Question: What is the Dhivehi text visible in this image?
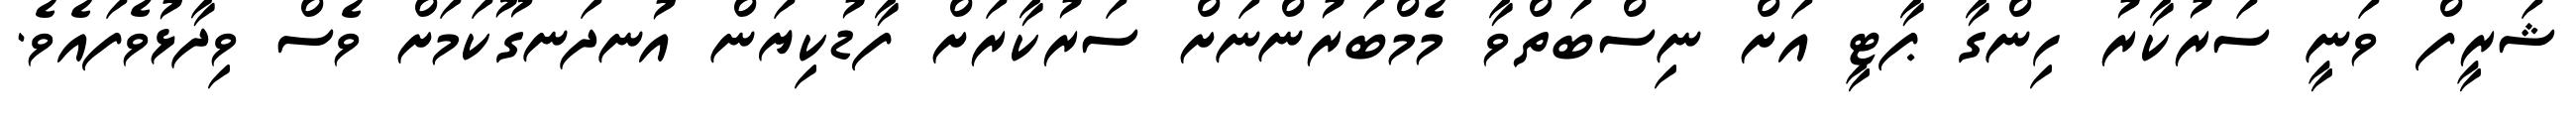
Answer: ޝަރީފް ވަނީ ސަރުކާރު ހިންގާ ޕާޓީ އަށް ނިސްބަތްވާ މެމްބަރުންނަށް ސަރުކާރަށް ފާޑުކިޔަން އުނދަނގޫކަމަށް ވެސް ވިދާޅުވެފައެވެ.